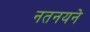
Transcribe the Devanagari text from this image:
नतनयने